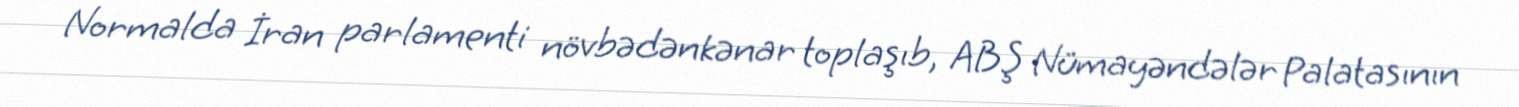
Normalda İran parlamenti növbədənkənar toplaşıb, ABŞ Nümayəndələr Palatasının